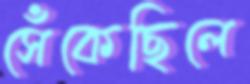
সেঁকেছিলে